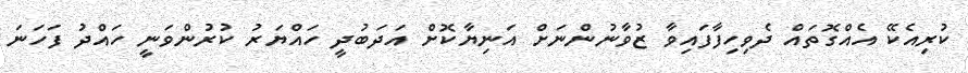
ކުރިއެކޭ އެއްގޮތައް ދެވިހިފާފައިވާ ޒުވާނުންނަށް އަނިޔާކޮށް އަދަބުދީ ހައްޔަރު ކުރުންވަނީ ހައްދު ފަހަނަ